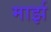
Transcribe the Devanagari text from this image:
मार्झ